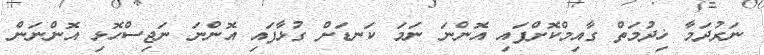
ނަރުދަމާ ޚިދުމަތް ގާއިމްކޮށްފައި އޮންނަ ނަމަ ކަނޑަށް ގުޅާފައި އޮންނަ ނަޖިސްހޮޅި އޮންނަން